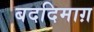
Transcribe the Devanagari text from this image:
बददिमाग़